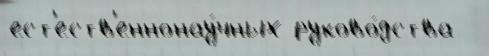
ест'еств'еннонау́чных руково́дства